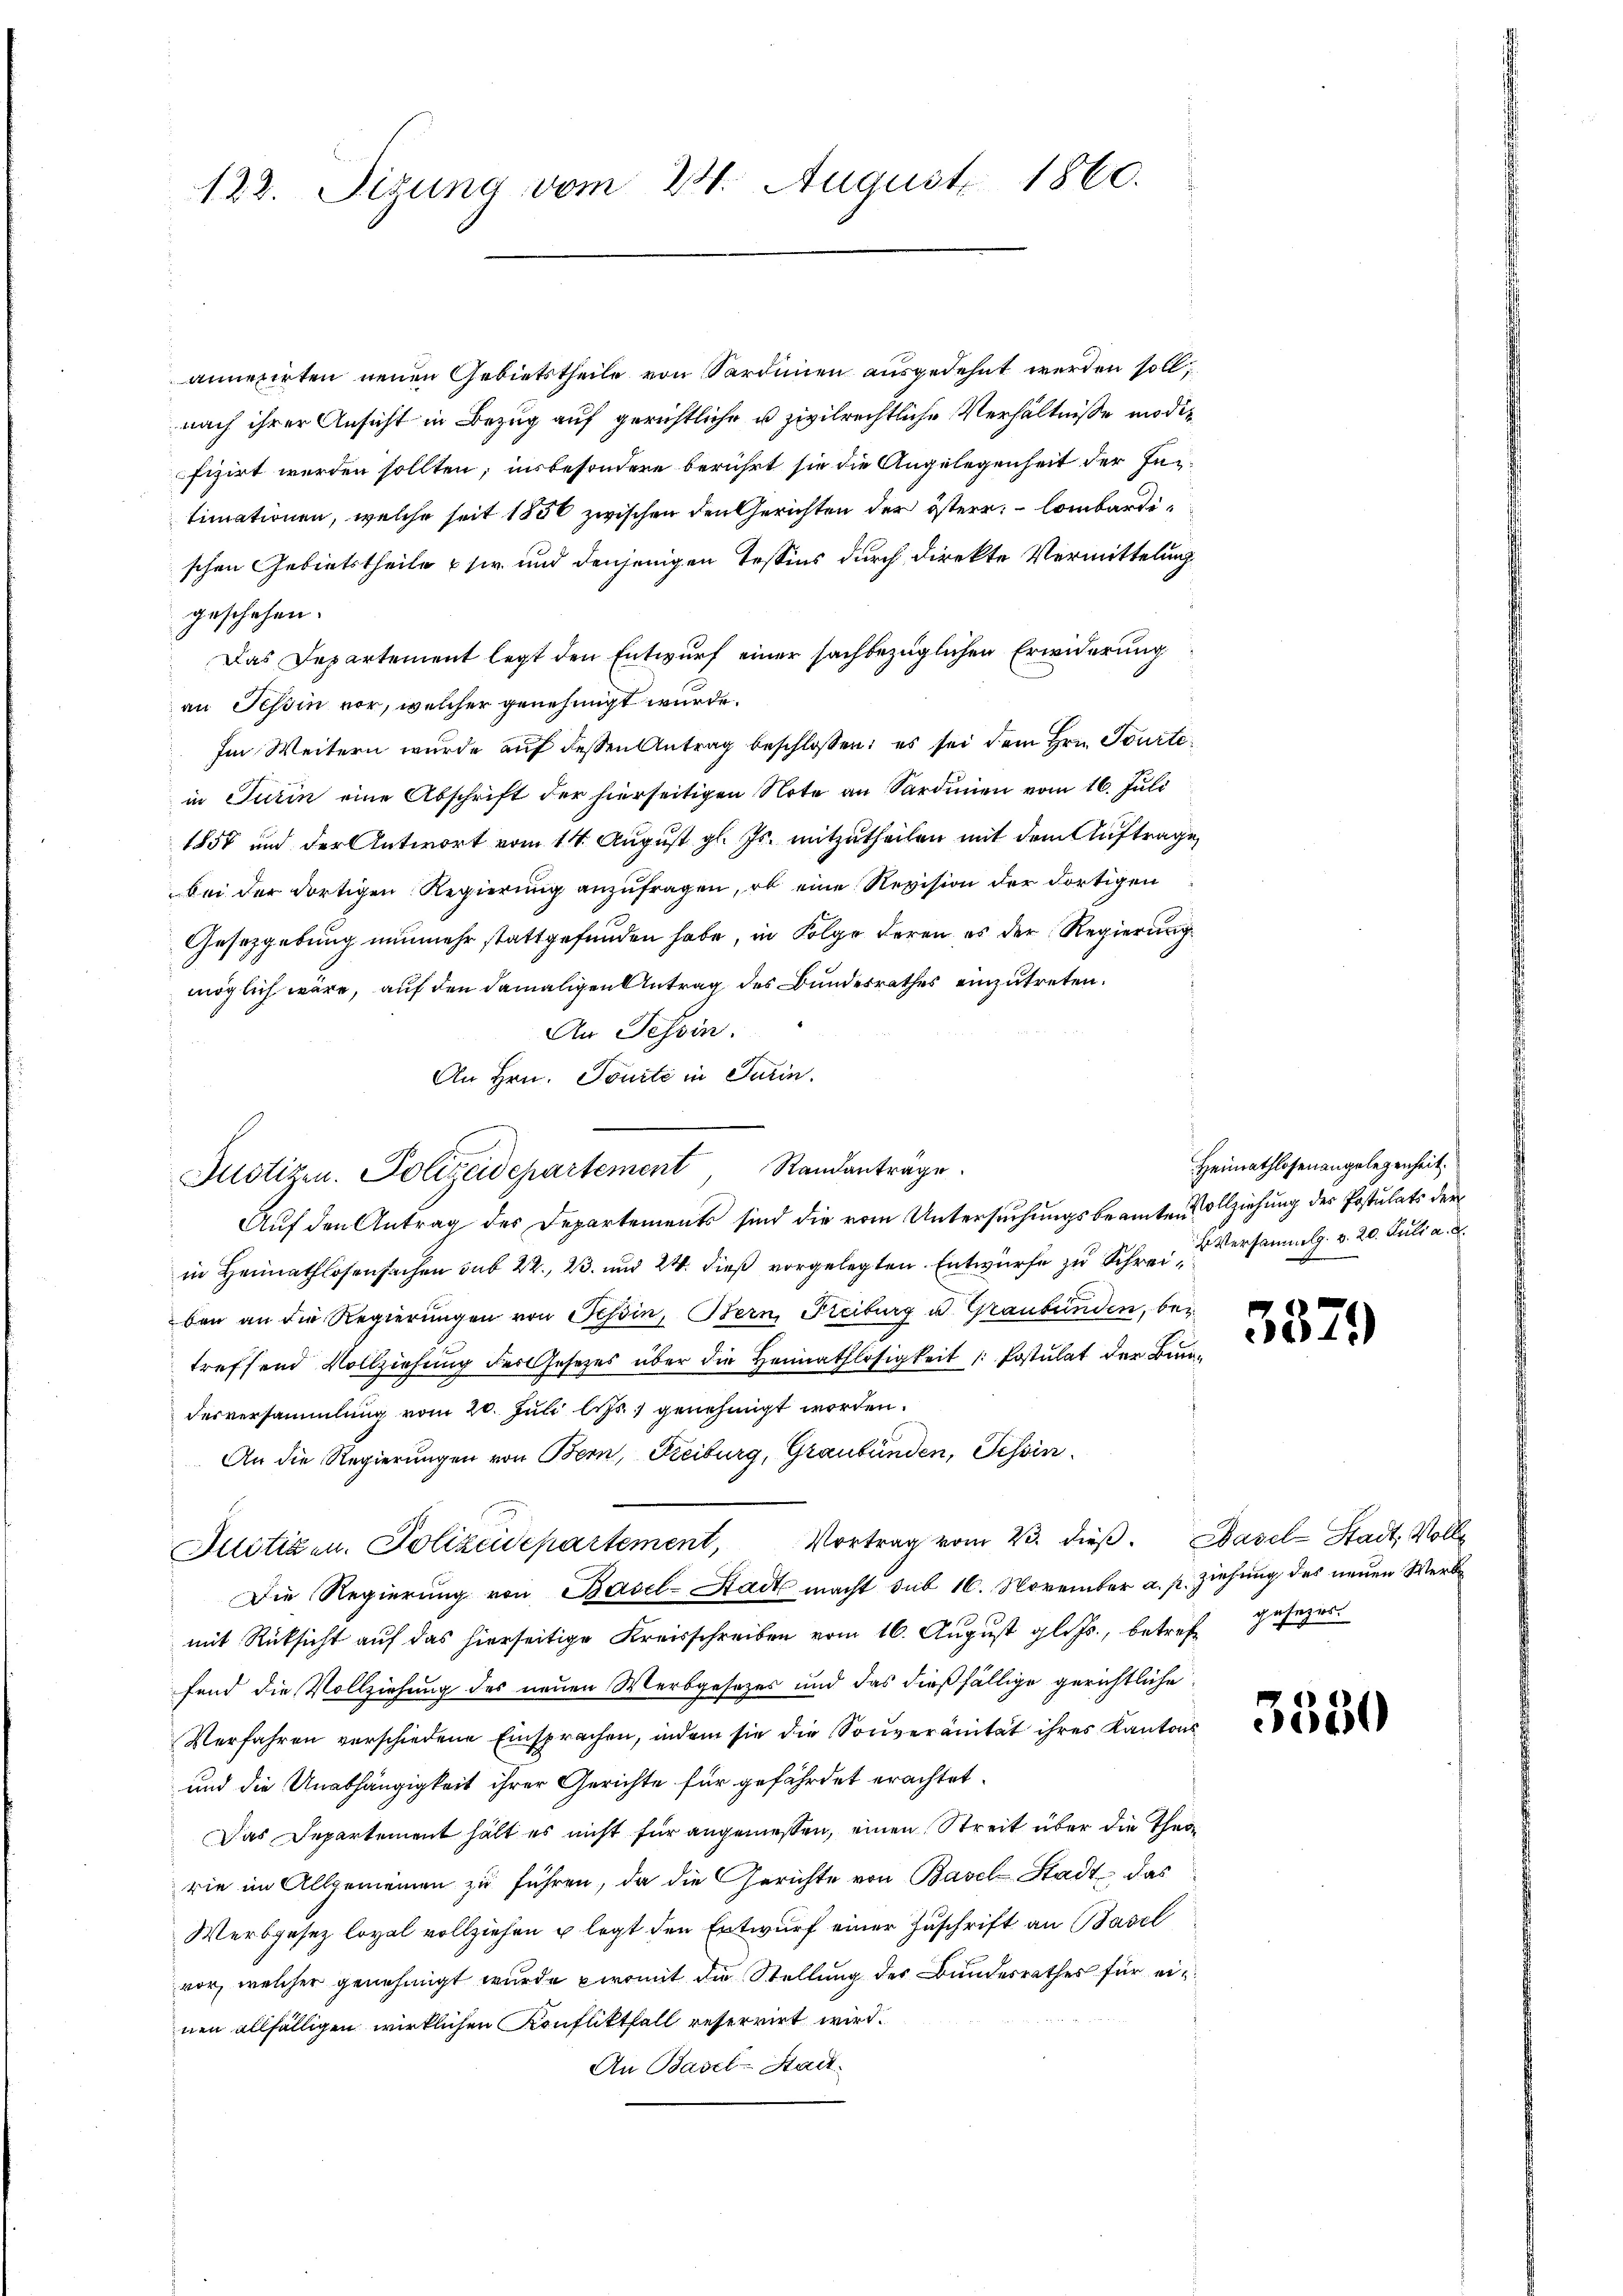
122. Sizung vom 23. August 1860.

annexirten neuen Gebietstheile von Sardinien ausgedehnt werden soll;
nach ihrer Ansicht in Bezug auf gerichtliche u. zivilrechtliche Verhältnisse modifizirt werden sollten; insbesondere berührt sie die Angelegenheit der Fetimationen, welche seit 1850 zwischen den Gerichten der österr. lombardischen Gebietstheile sie und denjenigen Tessins durch direkte Vermittelung
geschehen.
Das Departement legt den Entwurf einer sachbezüglichen Erwiderung
an Tessin vor, welcher genehmigt wurde.
Im Weitern wurde auf dessen Antrag beschlossen: es sei dem Hrn. Tourtein Turin eine Abschrift der hierseitigen Note an Sardinien vom 16. Juli
1858 und der Antwort vom 14. August gl. Js. mitzutheilen mit dem Auftrage
bei der dortigen Regierung anzŭfragen, ob eine Revision der dortigen
Gesetzgebung nunmehr stattgefunden habe, in Folge deren es der Regierung
möglich wäre, auf den damaligen Antrag des Bundesrathes einzutreten.
An Tessin.
An Hrn. Tourte in Turin.
Auf den Antrag des Departements sind die vom Untersuchungsbeamten Vollziehung des Postulats der
in Heimathlosensachen sub 22. 23. und 24. dieß vorgelegten Entwürfe zu Schrei Versammlg. v. 20. Juli a. d
ben an die Regierungen von Tessin, Bern, Freiburg u. Graubünden, bei
treffend Vollziehung des Gesetzes über die Heimathlosigkeit / Postulat der Bunderversammlung vom 20. Juli bis genehmigt worden.
An die Regierungen von Bern, Freiburg, Graubünden, Tessin.
Justizen. Polizeidepartement, Vortrag vom 23. dieß. Basel-Stadt, Volle
Die Regierung von Basel-Stadt macht sub 16. November a. p. ziehung des neuen Werkmit Rücksicht auf das hierseitige Kreisschreiben vom 16. August gl. Js., betreff gesezesfend die Vollziehung des neuen Werbgesetzes und das dießfällige gerichtliche
Verfahren verschiedene Einsprachen, indem sie die Souveränität ihres Kantons
und die Unabhängigkeit ihrer Gerichte für gefährdet erachtet.
Das Departement hält es nicht für angemessen, einen Streit über die Theirie im Allgemeinen zu führen, da die Gerichte von Basel-Stadt, das
Werbgesez loyal vollziehen u legt den Entwurf einer Zuschrift an Basel
vor, welcher genehmigt wurde promit die Stellung der Bundesrathes für einnen allfälligen wirklichen Konfliktfall reservirt wird.
An Basel-Stadt.

Justizen. Polizeidepartement Standanträge.

Heimathlosenangelegenheit.

3379

3350